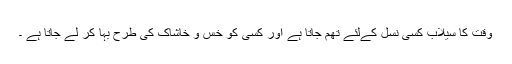
وقت کا سیلاب کسی نسل کےلئے تھم جاتا ہے اور کسی کو خس و خاشاک کی طرح بہا کر لے جاتا ہے ۔